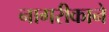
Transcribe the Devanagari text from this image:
नागरीकाने